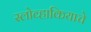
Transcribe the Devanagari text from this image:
स्लोव्हाकियाचे